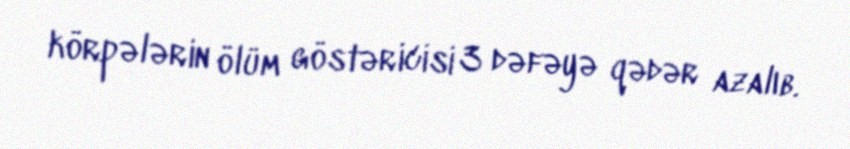
körpələrin ölüm göstəricisi 3 dəfəyə qədər azalıb.